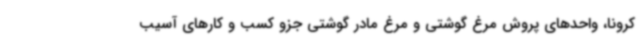
کرونا، واحدهای پروش مرغ گوشتی و مرغ مادر گوشتی جزو کسب و کارهای آسیب